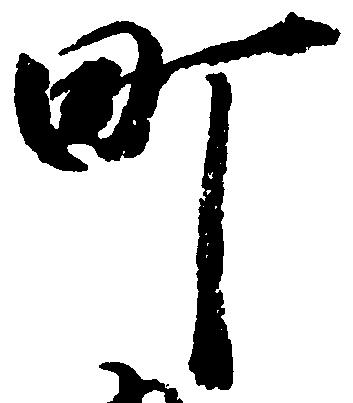
町